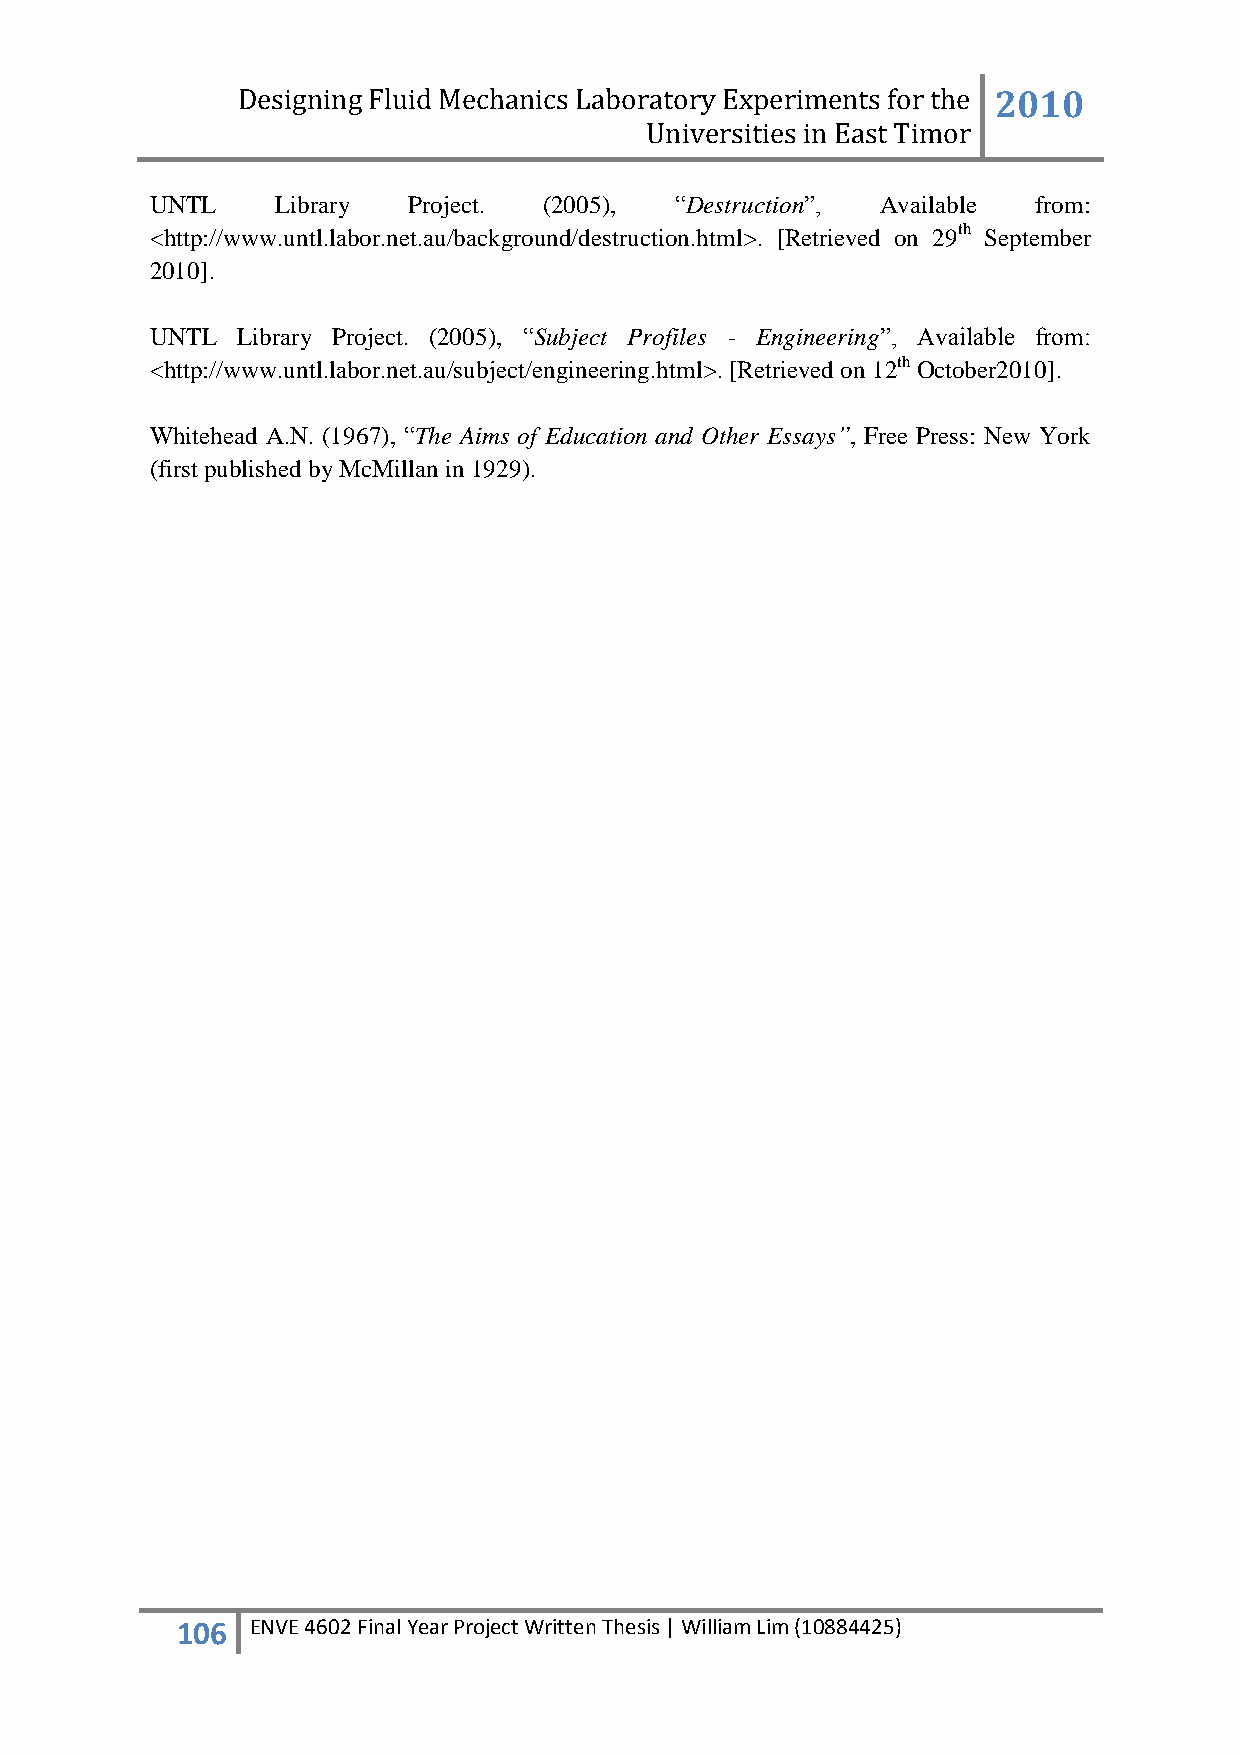
Designing Fluid Mechanics Laboratory Experiments for the 2010
 Universities in East Timor
 UNTL    Library  Project. (2005),  “Destruction”, Available from:
 <http://www.untl.labor.net.au/background/destruction.html>. [Retrieved on 29th September
 2010].
 UNTL  Library Project. (2005), “Subject Profiles - Engineering”, Available from:
 <http://www.untl.labor.net.au/subject/engineering.html>. [Retrieved on 12th October2010].
 Whitehead A.N. (1967), “The Aims of Education and Other Essays”, Free Press: New York
 (first published by McMillan in 1929).
 106  ENVE 4602 Final Year Project Written Thesis | William Lim (10884425)